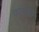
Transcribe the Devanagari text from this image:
परतच्‍छ